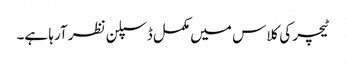
ٹیچر کی کلاس میں مکمل ڈسپلن نظر آرہا ہے۔